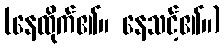
(နေထိုက်၏။ နေသင့်၏။)